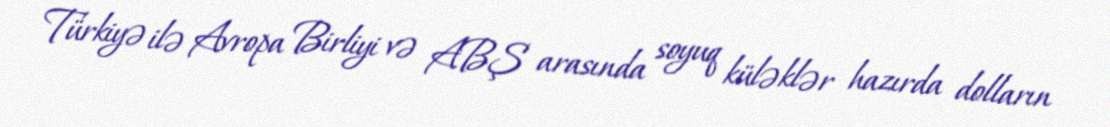
Türkiyə ilə Avropa Birliyi və ABŞ arasında soyuq küləklər hazırda dolların